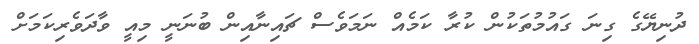
ދުނިޔޭގެ ގިނަ ގައުމުތަކުން ކުރާ ކަމެއް ނަމަވެސް ޗައިނާއިން ބުނަނީ މިއީ ވާދަވެރިކަމަށް